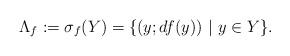
LaTeX: \begin{align*}\Lambda_{f} :=\sigma_{f}(Y)=\{ (y ;df(y)) \ |\ y \in Y \}.\end{align*}